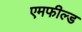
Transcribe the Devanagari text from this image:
एमफील्ड